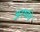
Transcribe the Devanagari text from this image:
अनर्थांचे